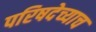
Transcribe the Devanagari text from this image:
परिषदेच्याच